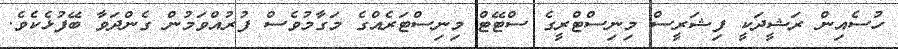
ހުސެއިން ރަޝީދަކީ ފިޝަރީސް މިނިސްޓްރީގެ ސްޓޭޓް މިނިސްޓަރެއްގެ މަގާމުވެސް ފުރުއްވަމުން ގެންދަވާ ބޭފުޅެކެވެ.